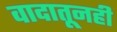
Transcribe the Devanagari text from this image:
वादातूनही